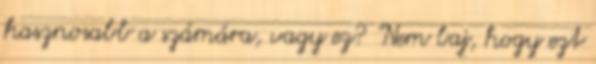
hasznosabb a számára, vagy ez? "Nem baj, hogy ezt